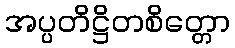
အပ္ပတိဋ္ဌိတစိတ္တော